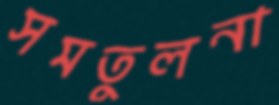
সমতুলনা